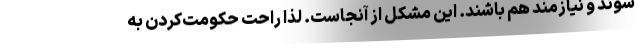
شوند و نیازمند هم باشند. این مشکل از آنجاست. لذا راحت حکومت‌کردن به